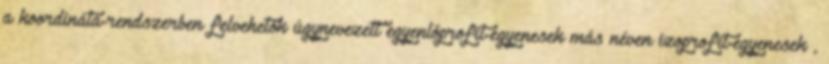
a koordináta-rendszerben felvehetők úgynevezett egyenlőprofit-egyenesek más néven izoprofit-egyenesek ,